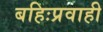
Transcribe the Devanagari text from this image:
बहिःप्रवाही